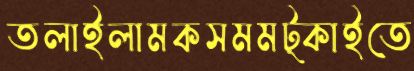
তলাইলামকসমমট্‌কাইতে